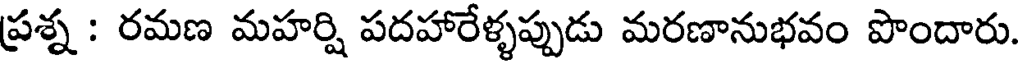
ప్రశ్న : రమణ మహర్షి పదహారేళ్ళప్పుడు మరణానుభవం పొందారు.